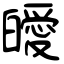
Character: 皧